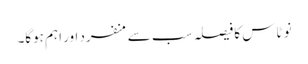
نو ٹاس کا فیصلہ سب سے منفرد اور اہم ہوگا۔